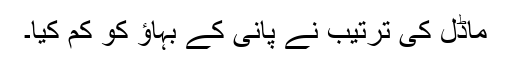
ماڈل کی ترتیب نے پانی کے بہاؤ کو کم کیا۔